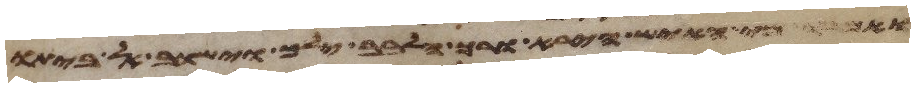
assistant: מי האיש הירא ורך הלבב ילך וישוב לביתו